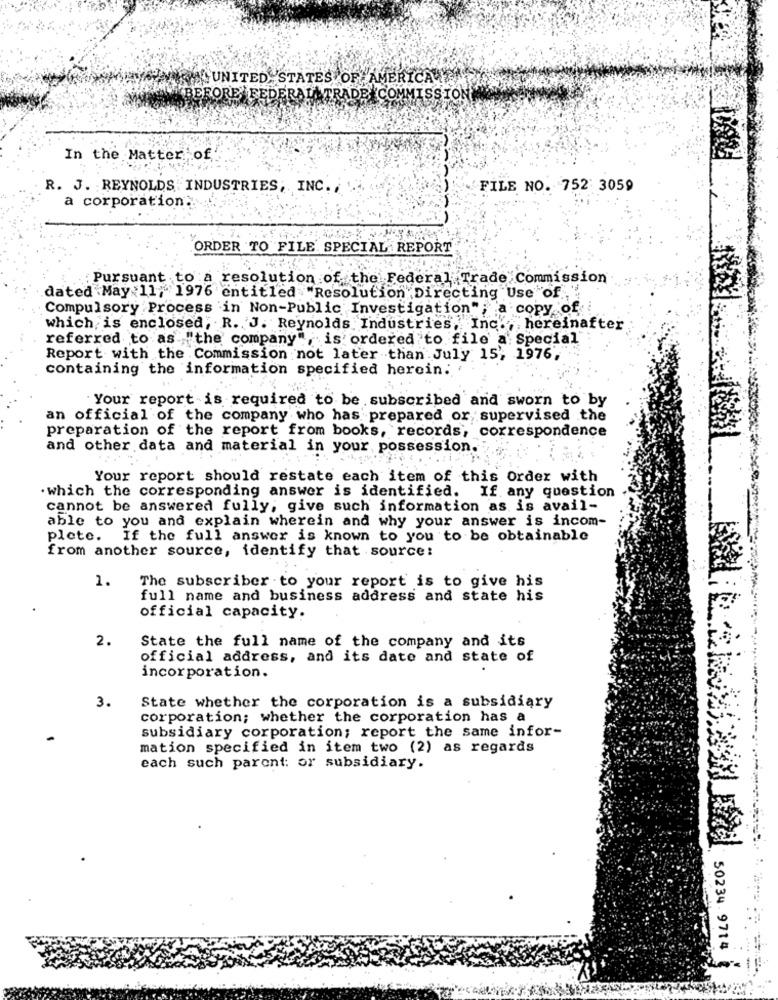
KALUNITED STATES OF AMERICA
INBEFORE FEDERALTRADE COMMISSION
In the Matter of
R. J. REYNOLDS INDUSTRIES, INC .,
FILE NO. 752 3059
a corporation :
ORDER TO FILE SPECIAL REPORT
Pursuant to a resolution of the Federal Trade Commission
dated May 11, 1976 entitled "Resolution Directing Use of
Compulsory Process in Non-Public Investigation"; a copy of
which is enclosed; R. J. Reynolds Industries, Inc ., hereinafter
referred to as "the company", is ordered to file' a Special
Report with the Commission not later than July 15', 1976,
containing the information specified herein.
. Your report is required to be subscribed and sworn to by
an official of the company who has prepared or supervised the
preparation of the report from books, records, correspondence
and other data and material in your, possession.
Your report should restate each item of this Order with
.which the corresponding answer is identified.
If any question
cannot be answered fully; give such information as is avail-
able to you and explain wherein and why your answer is incom-
plete.
If the full answer is known to you to be obtainable
from another source, identify that source:
1.
The subscriber to your report is to give his
full name and business address and state his
official capacity.
2.
State the full name of the company and its
official address, and its date and state of
incorporation.
3.
State whether the corporation is a subsidiary
corporation; whether the corporation has a
subsidiary corporation; report the same infor-
mation specified in item two (2) as regards
each such parent: or subsidiary.
50234.9714